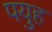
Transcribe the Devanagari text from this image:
पयुह